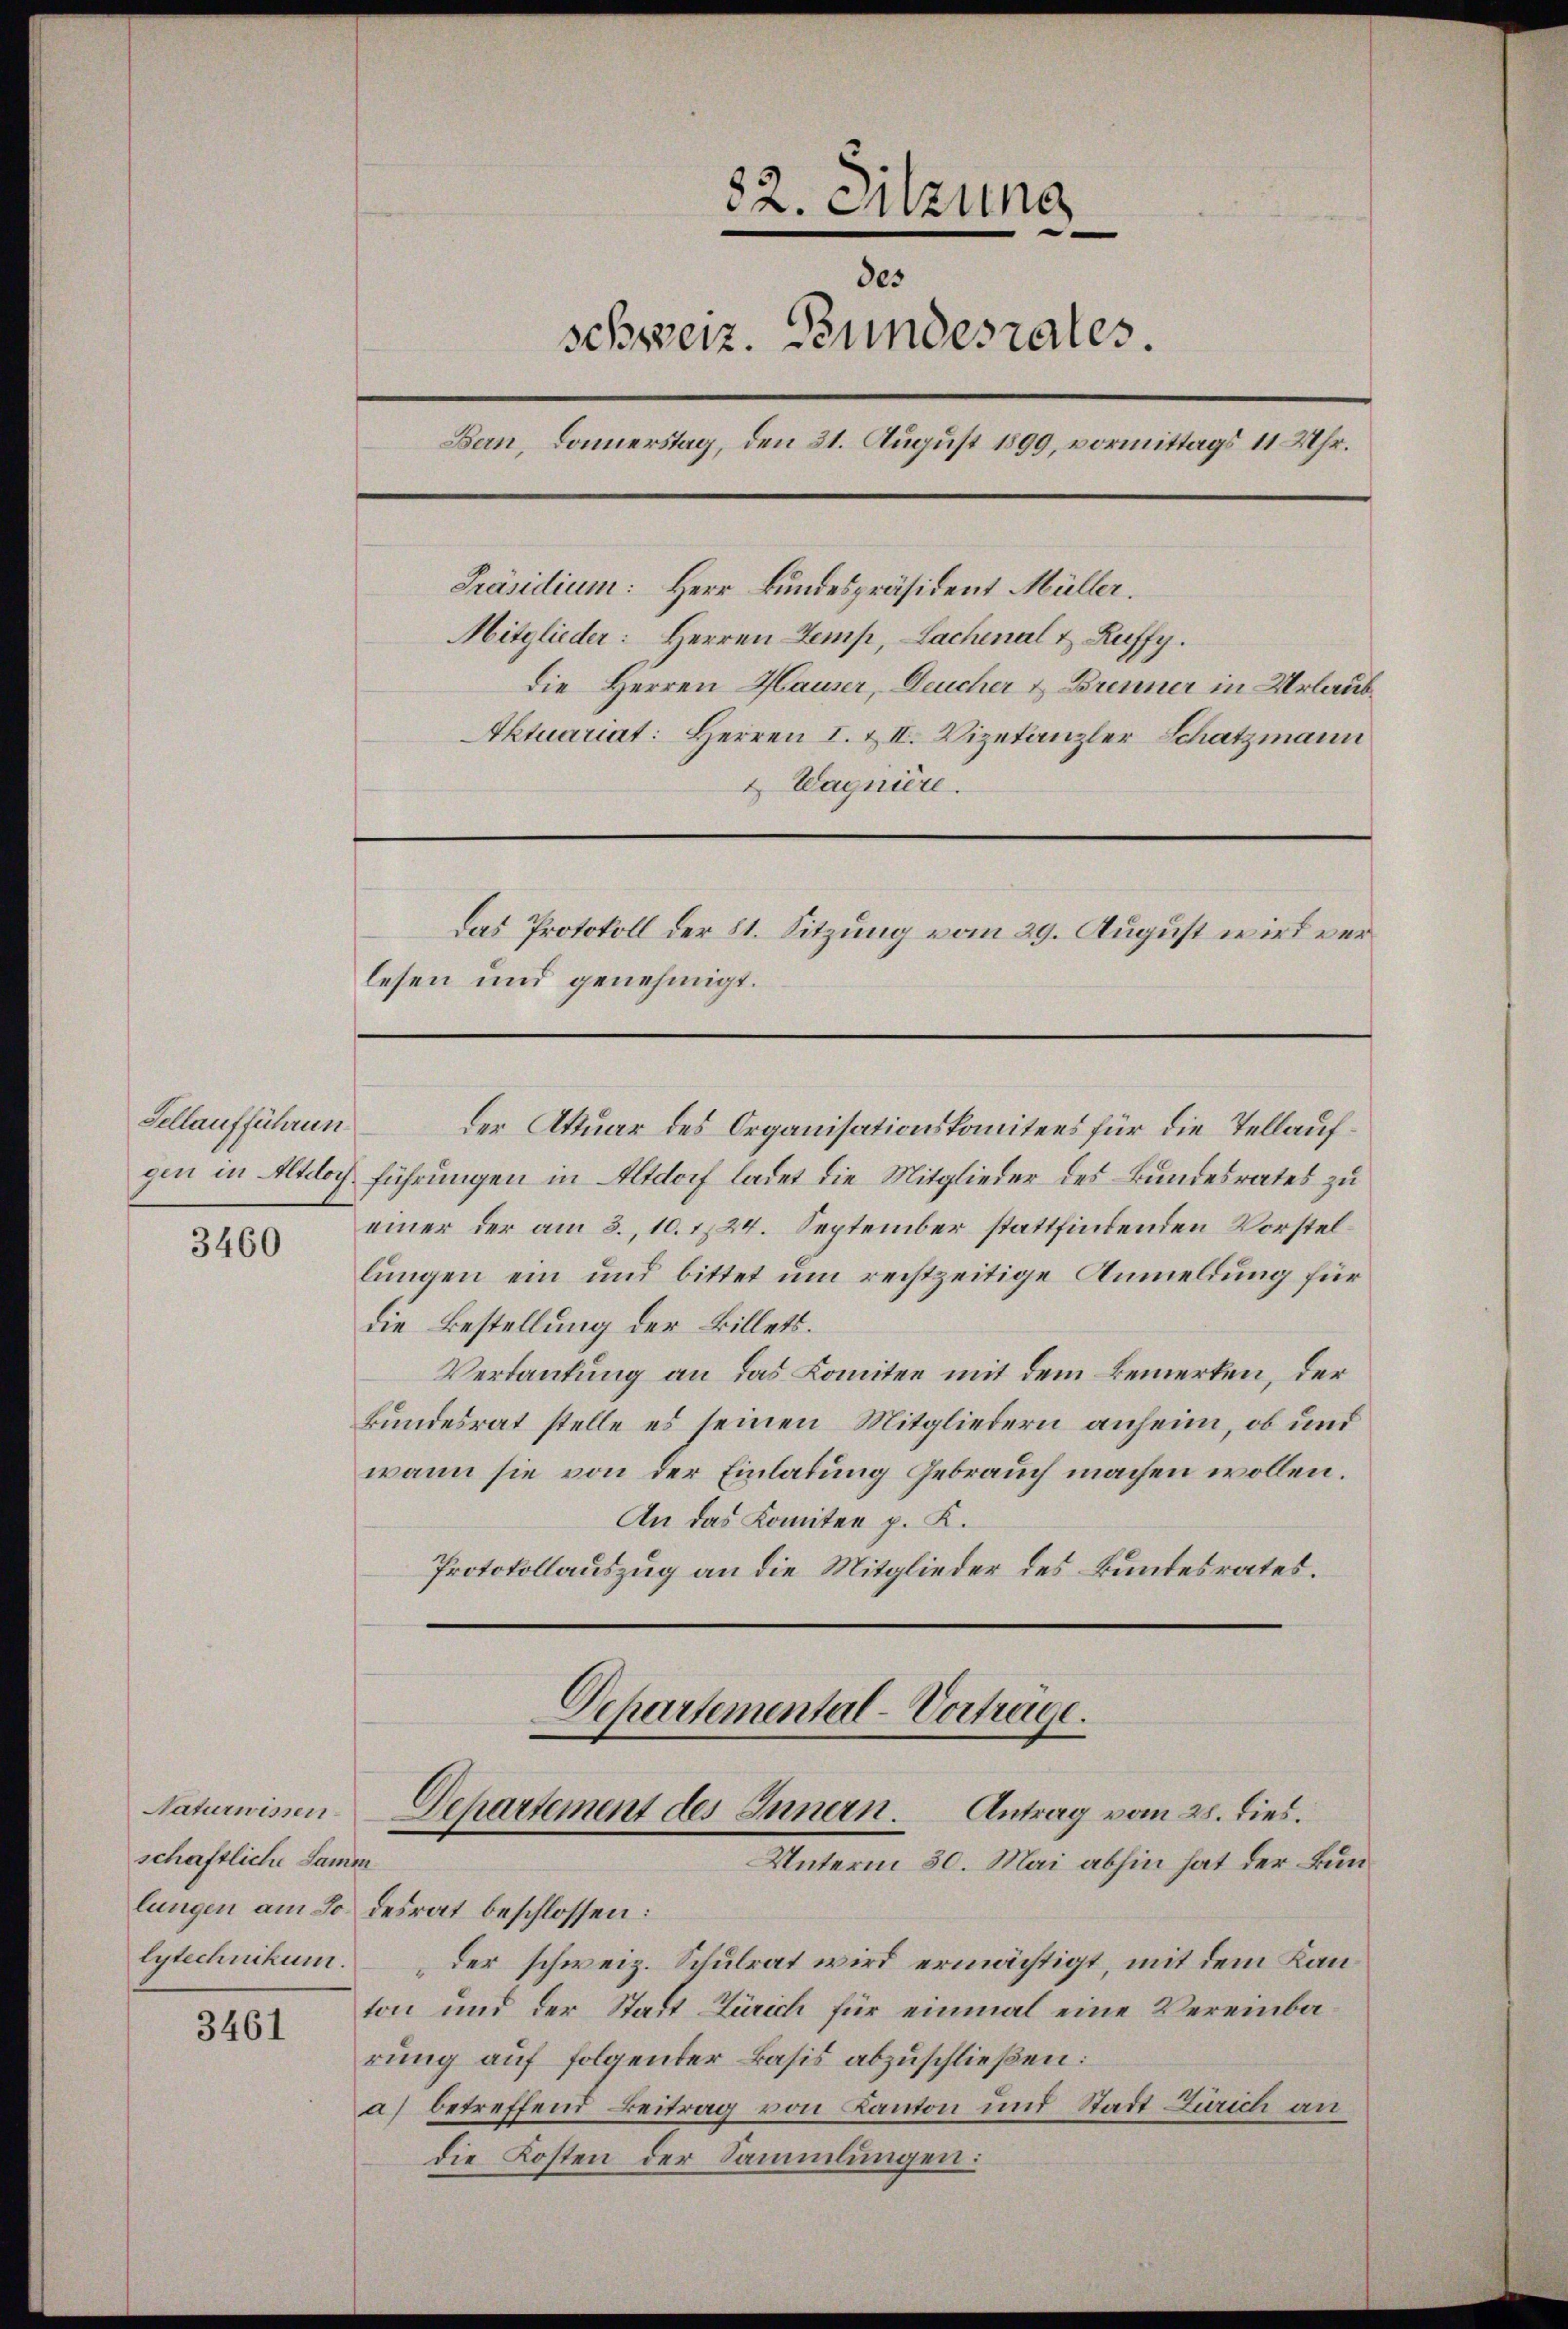
Sellaufführun

3460

schaftliche Samm
lungen am 30 desrat beschlossen:
lytechnikum.

3461

82. Sitzung
des
schweiz. Bundesrates.
Bern, Donnerstag, den 31. August 1899, vormittags 11 Uhr.
Präsidium: Herr Bundespräsident Müller.
Mitglieder: Herren Temp, Lachenal & Ruffy.

Die Herren Hauser, Deucher & Brenner in Urlaub¬
Aktuariat: Herren I. & II. Vizetanzler Schatzmann
2 Wagnière.

lesen und genehmigt.

der Aktuar des Organisationskomitees für die Tellaufgen in Altdoch führungen in Altdorf ladet die Mitglieder des Bundesrates zu
einer der am 3., 10. 1724. September stattfindenden Vorstellungen ein und bittet um rechtzeitige Anmeldung für
die Bestellung der Billets.
Verdautung an das Komitee mit dem Bemerken, der
Bundesrat stelle es seinen Mitgliedern anheim, ob und
wann sie von der Einladung Gebrauch machen wollen.
An das Komitee p. K.
Protokollauszug an die Mitglieder des Bundesrates.

Das Protokoll der St. Sitzung vom 29. August wird ver¬

Departemental-Vorträge.
Naturwissen Departement des Innern. Antrag vom 28. dies.
Unterm 30. Mai abhin hat der Bun¬

der schweiz. Schulrat wird ermächtigt, mit dem Kanton und der Stadt Zürich für einmal eine Vereinbarung auf folgender Basis abzuschließen:
a) betreffend Beitrag von Kanton und Stadt Zürich an
die Kosten der Sammlungen: